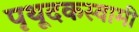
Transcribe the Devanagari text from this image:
पृथूदकस्वामी